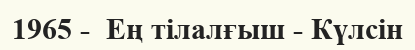
1965 -  Ең тілалғыш - Күлсін